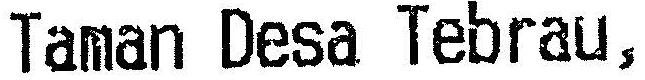
TAMAN DESA TEBRAU,